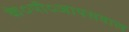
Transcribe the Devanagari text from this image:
के०पी०जायसवाल